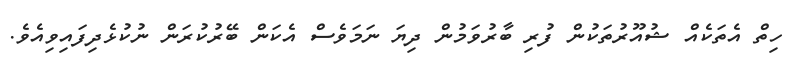
ހިތް އެތަކެއް ޝުއޫރުތަކުން ފުރި ބާރުވަމުން ދިޔަ ނަމަވެސް އެކަން ބޭރުކުރަން ނުކުޅެދިފައިވިއެވެ.